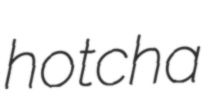
hotcha